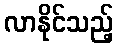
လာနိုင်သည့်